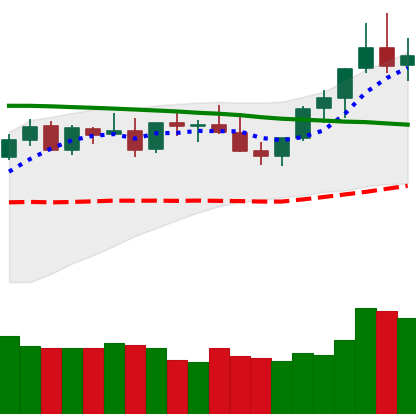
Ticker: XMR-USD
Chart end date: 2021-08-25
Forward return: -10.046%
Label: down_7plus